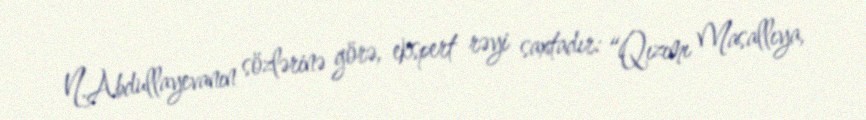
N.Abdullayevanın sözlərinə görə, ekspert rəyi saxtadır: “Qızımı Masallıya,